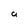
Character: 9